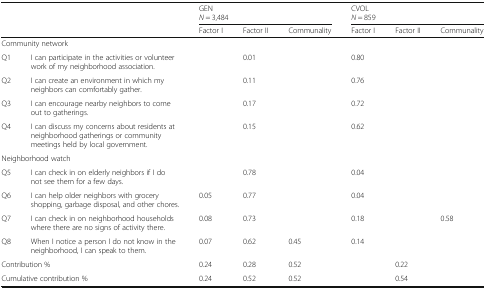
<table><thead><tr><td colspan="2" rowspan="2">[EMPTY_CELL]</td><td colspan="3"><b>GEN<i>N</i> = 3,484</b></td><td colspan="3"><b>CVOL<i>N</i> = 859</b></td></tr><tr><td><b>Factor I</b></td><td><b>Factor II</b></td><td><b>Communality</b></td><td><b>Factor I</b></td><td><b>Factor II</b></td><td><b>Communality</b></td></tr></thead><tbody><tr><td colspan="8">Community network</td></tr><tr><td>Q1</td><td>I can participate in the activities or volunteer work of my neighborhood association.</td><td>[EMPTY_CELL]</td><td>0.01</td><td>[EMPTY_CELL]</td><td>0.80</td><td>[EMPTY_CELL]</td><td>[EMPTY_CELL]</td></tr><tr><td>Q2</td><td>I can create an environment in which my neighbors can comfortably gather.</td><td>[EMPTY_CELL]</td><td>0.11</td><td>[EMPTY_CELL]</td><td>0.76</td><td>[EMPTY_CELL]</td><td>[EMPTY_CELL]</td></tr><tr><td>Q3</td><td>I can encourage nearby neighbors to come out to gatherings.</td><td>[EMPTY_CELL]</td><td>0.17</td><td>[EMPTY_CELL]</td><td>0.72</td><td>[EMPTY_CELL]</td><td>[EMPTY_CELL]</td></tr><tr><td>Q4</td><td>I can discuss my concerns about residents at neighborhood gatherings or community meetings held by local government.</td><td>[EMPTY_CELL]</td><td>0.15</td><td>[EMPTY_CELL]</td><td>0.62</td><td>[EMPTY_CELL]</td><td>[EMPTY_CELL]</td></tr><tr><td colspan="8">Neighborhood watch</td></tr><tr><td>Q5</td><td>I can check in on elderly neighbors if I do not see them for a few days.</td><td>[EMPTY_CELL]</td><td>0.78</td><td>[EMPTY_CELL]</td><td>0.04</td><td>[EMPTY_CELL]</td><td>[EMPTY_CELL]</td></tr><tr><td>Q6</td><td>I can help older neighbors with grocery shopping, garbage disposal, and other chores.</td><td>0.05</td><td>0.77</td><td>[EMPTY_CELL]</td><td>0.04</td><td>[EMPTY_CELL]</td><td>[EMPTY_CELL]</td></tr><tr><td>Q7</td><td>I can check in on neighborhood households where there are no signs of activity there.</td><td>0.08</td><td>0.73</td><td>[EMPTY_CELL]</td><td>0.18</td><td>[EMPTY_CELL]</td><td>0.58</td></tr><tr><td>Q8</td><td>When I notice a person I do not know in the neighborhood, I can speak to them.</td><td>0.07</td><td>0.62</td><td>0.45</td><td>0.14</td><td>[EMPTY_CELL]</td><td>[EMPTY_CELL]</td></tr><tr><td colspan="2">Contribution %</td><td>0.24</td><td>0.28</td><td>0.52</td><td>[EMPTY_CELL]</td><td>0.22</td><td>[EMPTY_CELL]</td></tr><tr><td colspan="2">Cumulative contribution %</td><td>0.24</td><td>0.52</td><td>0.52</td><td>[EMPTY_CELL]</td><td>0.54</td><td>[EMPTY_CELL]</td></tr></tbody></table>